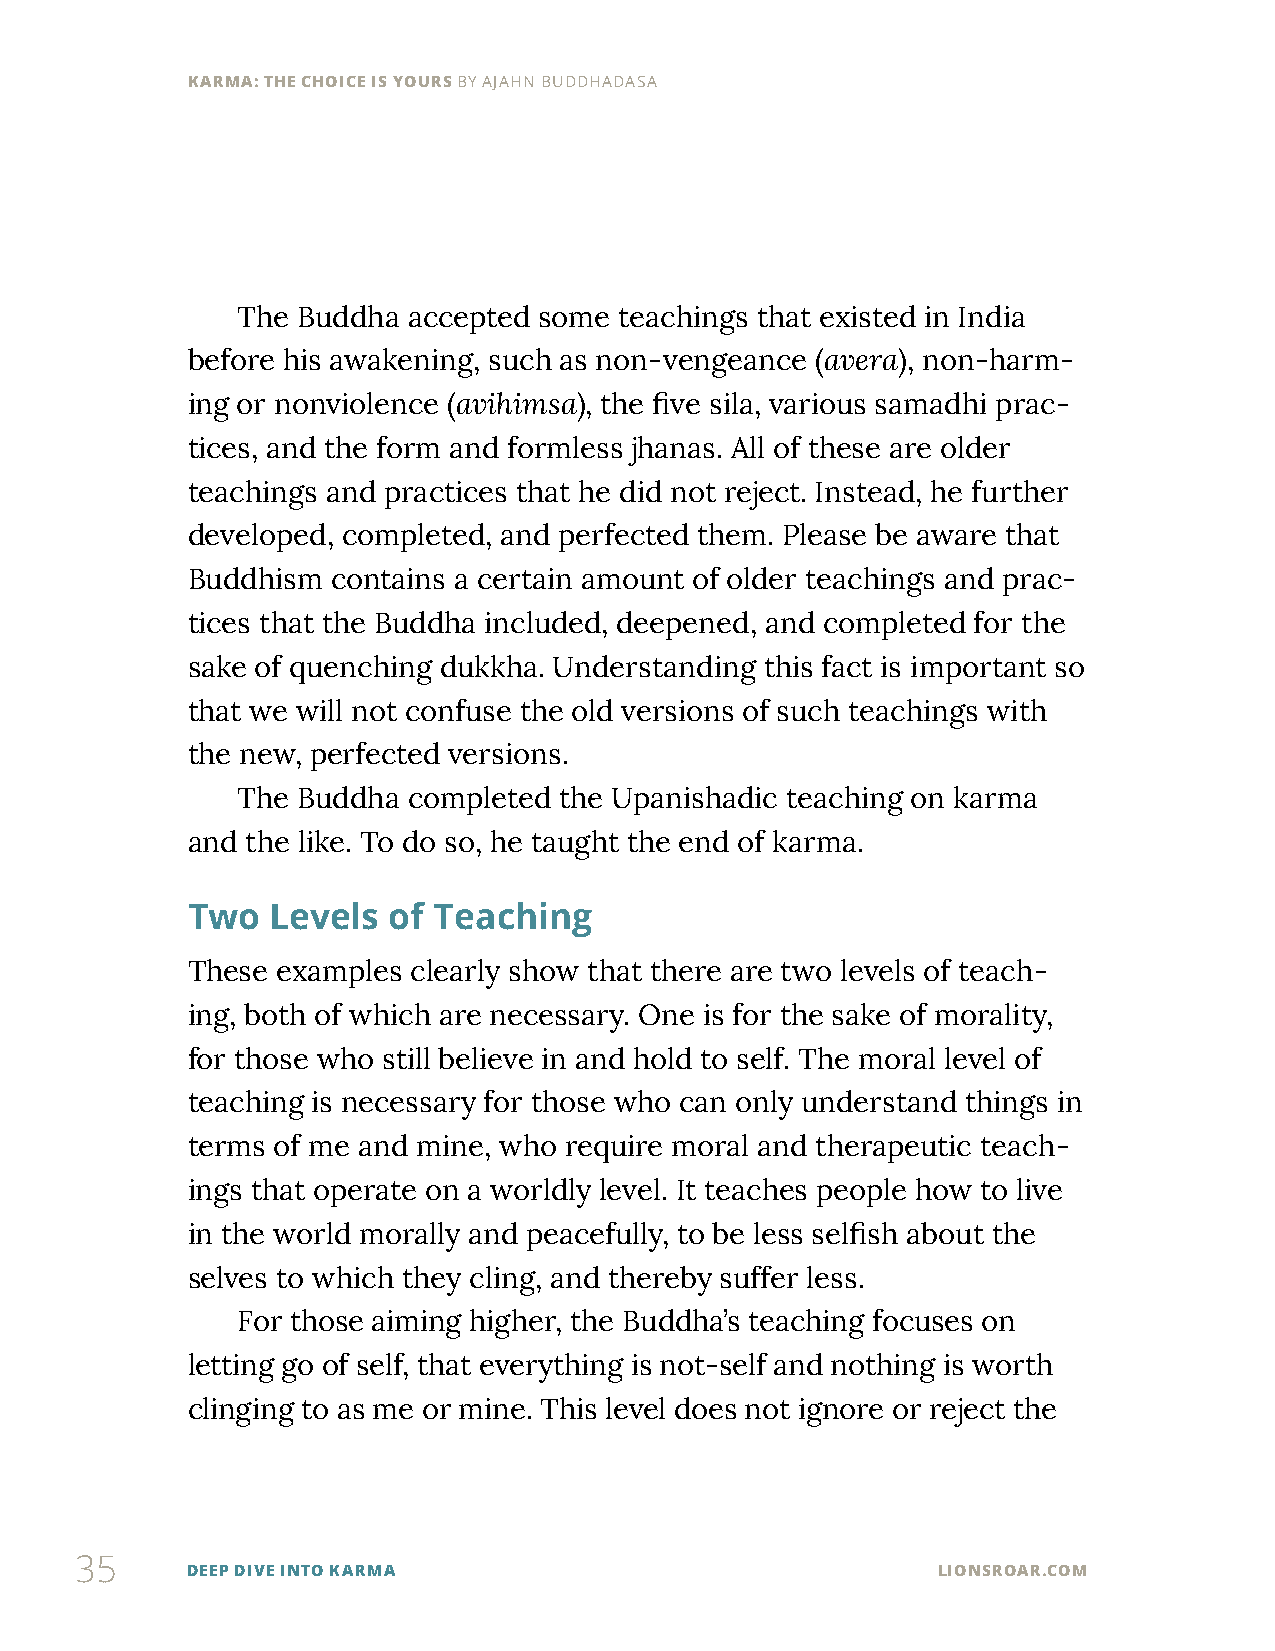
KARMA: THE CHOICE IS YOURS BY AJAHN BUDDHADASA
 The Buddha accepted some teachings that existed in India
 before his awakening, such as non-vengeance (avera), non-harm-
 ing or nonviolence (avihimsa), the five sila, various samadhi prac-
 tices, and the form and formless jhanas. All of these are older
 teachings and practices that he did not reject. Instead, he further
 developed, completed, and perfected them. Please be aware that
 Buddhism  contains a certain amount of older teachings and prac-
 tices that the Buddha included, deepened, and completed for the
 sake of quenching dukkha. Understanding this fact is important so
 that we will not confuse the old versions of such teachings with
 the new, perfected versions.
 The Buddha completed the Upanishadic teaching on karma
 and the like. To do so, he taught the end of karma.
 Two   Levels  of Teaching
 These examples clearly show that there are two levels of teach-
 ing, both of which are necessary. One is for the sake of morality,
 for those who still believe in and hold to self. The moral level of
 teaching is necessary for those who can only understand things in
 terms of me and mine, who require moral and therapeutic teach-
 ings that operate on a worldly level. It teaches people how to live
 in the world morally and peacefully, to be less selfish about the
 selves to which they cling, and thereby suffer less.
 For those aiming higher, the Buddha’s teaching focuses on
 letting go of self, that everything is not-self and nothing is worth
 clinging to as me or mine. This level does not ignore or reject the
 35
 DEEP DIVE INTO KARMA                              LIONSROAR.COM